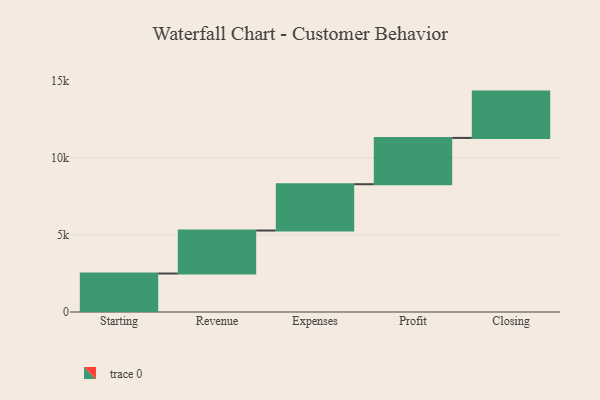
{"axis": {"x": "Step", "y": "Value"}, "legend": [""], "data": [{"x": "Starting", "y": 2493.0, "type": ""}, {"x": "Revenue", "y": 2785.0, "type": ""}, {"x": "Expenses", "y": 3000, "type": ""}, {"x": "Profit", "y": 3000, "type": ""}, {"x": "Closing", "y": 3000, "type": ""}]}